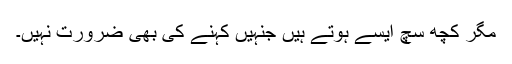
مگر کچھ سچ ایسے ہوتے ہیں جنہیں کہنے کی بھی ضرورت نہیں۔